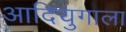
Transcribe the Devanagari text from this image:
आदियुगाला